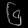
Digit: ၆